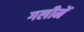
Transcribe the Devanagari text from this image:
गलीमें